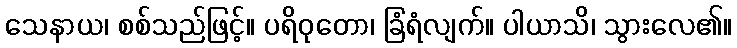
သေနာယ၊ စစ်သည်ဖြင့်။ ပရိဝုတော၊ ခြံရံလျက်။ ပါယာသိ၊ သွားလေ၏။